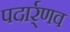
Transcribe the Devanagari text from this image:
पदार्र्णव